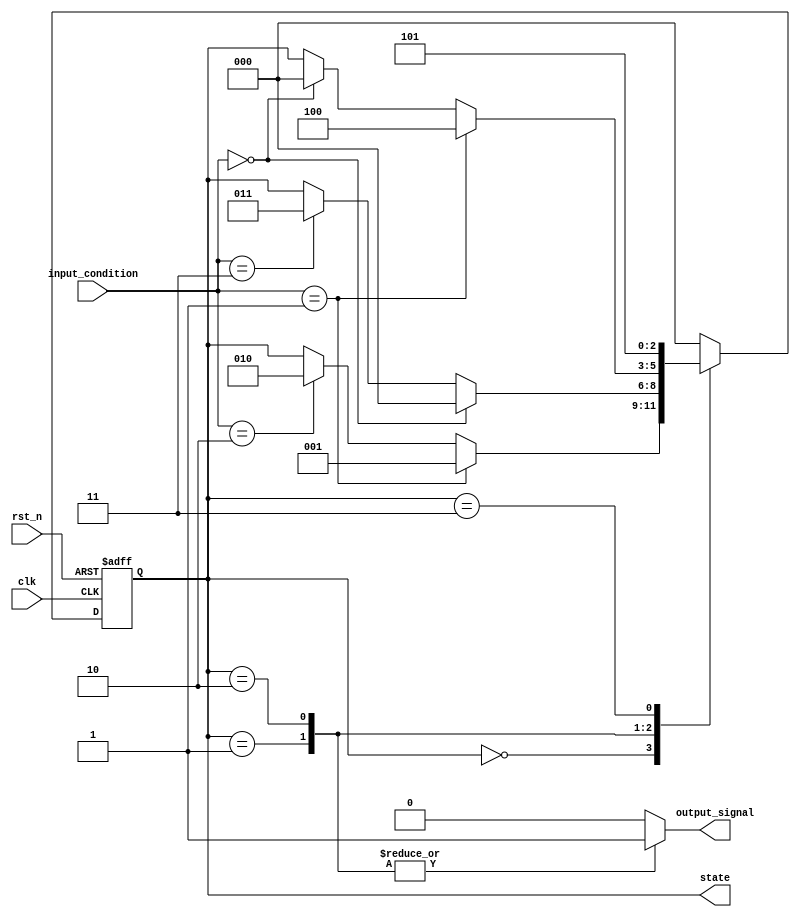
module PreConfiguredStateInitialization(
    input wire clk,          // System clock
    input wire rst_n,       // Active low reset signal
    input wire [1:0] input_condition, // Input signals for state transitions
    output reg [2:0] state, // State register (3 bits for 8 states)
    output reg output_signal // Output signal based on current state
);

// State encoding
localparam STATE_A = 3'b000; // Initial state
localparam STATE_B = 3'b001;
localparam STATE_C = 3'b010;
localparam STATE_D = 3'b011;
localparam STATE_E = 3'b100;
localparam STATE_F = 3'b101;
localparam STATE_G = 3'b110;
localparam STATE_H = 3'b111;

// State transition logic
always @(posedge clk or negedge rst_n) begin
    if (!rst_n) begin
        // Reset condition: assign initial state
        state <= STATE_A; // Pre-configured initial state
    end else begin
        // State transition based on input conditions
        case (state)
            STATE_A: begin
                if (input_condition == 2'b01) state <= STATE_B;
                else if (input_condition == 2'b10) state <= STATE_C;
            end
            
            STATE_B: begin
                if (input_condition == 2'b00) state <= STATE_A;
                else if (input_condition == 2'b11) state <= STATE_D;
            end
            
            STATE_C: begin
                if (input_condition == 2'b01) state <= STATE_E;
                else if (input_condition == 2'b00) state <= STATE_A;
            end
            
            STATE_D: begin
                // Additional transitions can be defined here
                state <= STATE_F; // Example transition
            end
            
            // Define additional state transitions for STATE_E, STATE_F, STATE_G, STATE_H as needed
            
            default: state <= STATE_A; // Fallback to initial state
        endcase
    end
end

// Output logic based on current state
always @* begin
    case (state)
        STATE_A: output_signal = 1'b0;
        STATE_B: output_signal = 1'b1;
        STATE_C: output_signal = 1'b1;
        STATE_D: output_signal = 1'b0;
        // Define additional output logic for other states as needed
        default: output_signal = 1'b0; // Default output
    endcase
end

endmodule